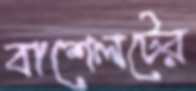
বাশেলটের